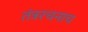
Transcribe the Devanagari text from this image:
तंत्ररचनाच